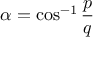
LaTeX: \alpha = \cos ^ { - 1 } { \frac { p } { q } }